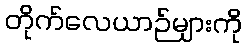
တိုက်လေယာဉ်များကို